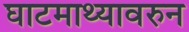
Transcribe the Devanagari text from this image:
घाटमाथ्यावरुन